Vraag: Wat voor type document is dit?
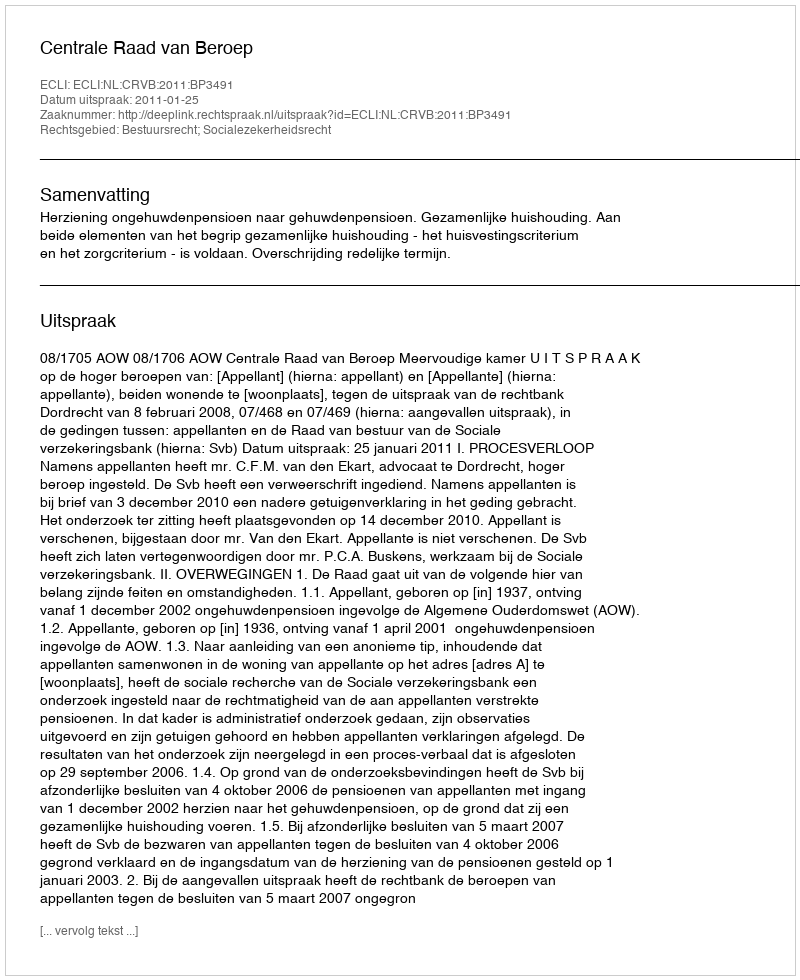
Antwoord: Uitspraak